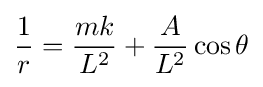
{\frac {1}{r}}={\frac {mk}{L^{2}}}+{\frac {A}{L^{2}}}\cos \theta